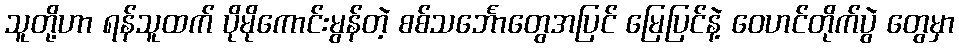
သူတို့ဟာ ရန်သူထက် ပိုမိုကောင်းမွန်တဲ့ စစ်သင်္ဘောတွေအပြင် မြေပြင်နဲ့ ဝေဟင်တိုက်ပွဲ တွေမှာ